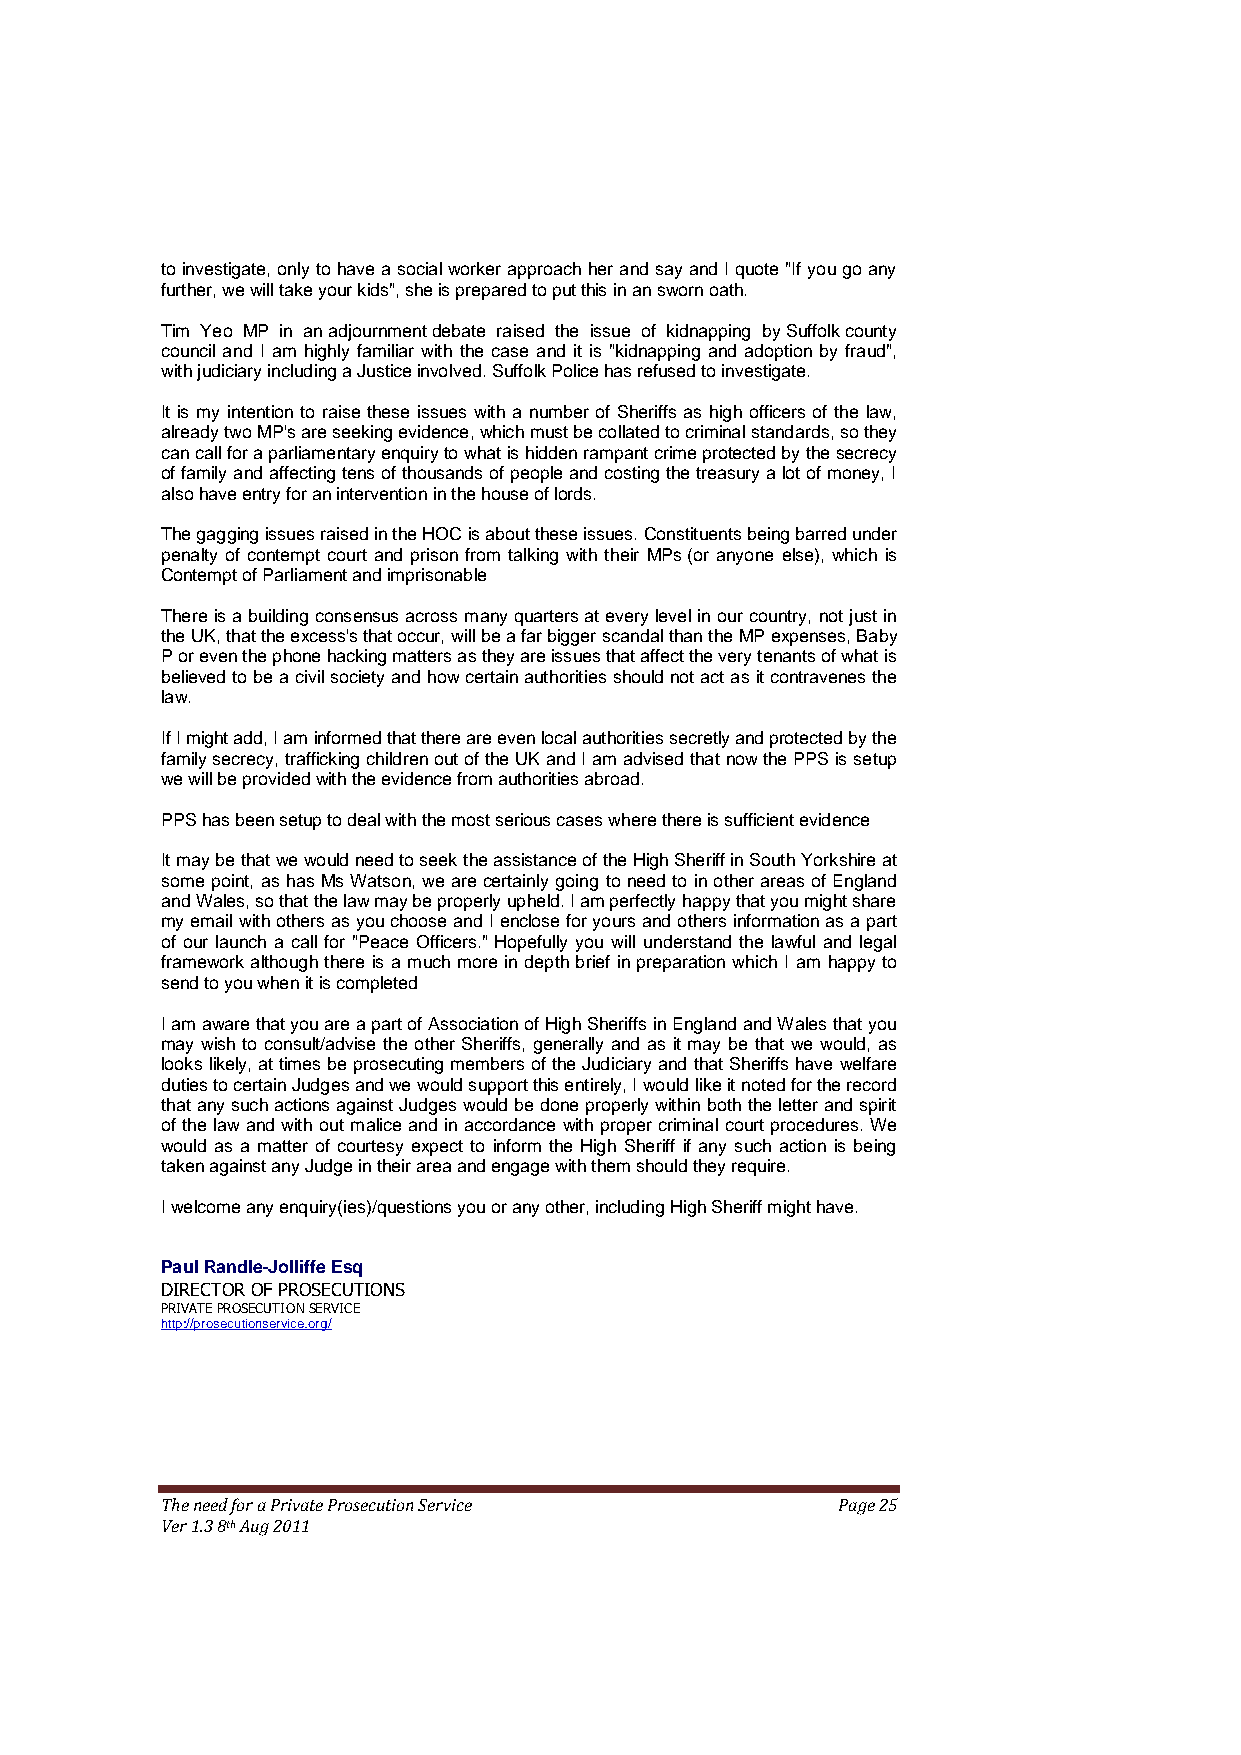
to investigate, only to have a social worker approach her and say and I quote "If you go any
 further, we will take your kids", she is prepared to put this in an sworn oath.
 Tim Yeo MP in an adjournment debate raised the issue of kidnapping by Suffolk county
 council and I am highly familiar with the case and it is "kidnapping and adoption by fraud",
 with judiciary including a Justice involved. Suffolk Police has refused to investigate.
 It is my intention to raise these issues with a number of Sheriffs as high officers of the law,
 already two MP's are seeking evidence, which must be collated to criminal standards, so they
 can call for a parliamentary enquiry to what is hidden rampant crime protected by the secrecy
 of family and affecting tens of thousands of people and costing the treasury a lot of money, I
 also have entry for an intervention in the house of lords.
 The gagging issues raised in the HOC is about these issues. Constituents being barred under
 penalty of contempt court and prison from talking with their MPs (or anyone else), which is
 Contempt of Parliament and imprisonable
 There is a building consensus across many quarters at every level in our country, not just in
 the UK, that the excess's that occur, will be a far bigger scandal than the MP expenses, Baby
 P or even the phone hacking matters as they are issues that affect the very tenants of what is
 believed to be a civil society and how certain authorities should not act as it contravenes the
 law.
 If I might add, I am informed that there are even local authorities secretly and protected by the
 family secrecy, trafficking children out of the UK and I am advised that now the PPS is setup
 we will be provided with the evidence from authorities abroad.
 PPS has been setup to deal with the most serious cases where there is sufficient evidence
 It may be that we would need to seek the assistance of the High Sheriff in South Yorkshire at
 some point, as has Ms Watson, we are certainly going to need to in other areas of England
 and Wales, so that the law may be properly upheld. I am perfectly happy that you might share
 my email with others as you choose and I enclose for yours and others information as a part
 of our launch a call for "Peace Officers." Hopefully you will understand the lawful and legal
 framework although there is a much more in depth brief in preparation which I am happy to
 send to you when it is completed
 I am aware that you are a part of Association of High Sheriffs in England and Wales that you
 may wish to consult/advise the other Sheriffs, generally and as it may be that we would, as
 looks likely, at times be prosecuting members of the Judiciary and that Sheriffs have welfare
 duties to certain Judges and we would support this entirely, I would like it noted for the record
 that any such actions against Judges would be done properly within both the letter and spirit
 of the law and with out malice and in accordance with proper criminal court procedures. We
 would as a matter of courtesy expect to inform the High Sheriff if any such action is being
 taken against any Judge in their area and engage with them should they require.
 I welcome any enquiry(ies)/questions you or any other, including High Sheriff might have.
 Paul Randle-Jolliffe Esq
 DIRECTOR OF PROSECUTIONS
 PRIVATE PROSECUTION SERVICE
 http://prosecutionservice.org/
 The need for a Private Prosecution Service  Page 25
 Ver 1.3 8th Aug 2011